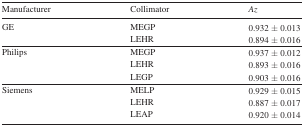
<table><thead><tr><td><b>Manufacturer</b></td><td><b>Collimator</b></td><td><b><i>Az</i></b></td></tr></thead><tbody><tr><td rowspan="2">GE</td><td>MEGP</td><td>0.932±0.013</td></tr><tr><td>LEHR</td><td>0.894±0.016</td></tr><tr><td rowspan="3">Philips</td><td>MEGP</td><td>0.937±0.012</td></tr><tr><td>LEHR</td><td>0.893±0.016</td></tr><tr><td>LEGP</td><td>0.903±0.016</td></tr><tr><td rowspan="2">Siemens</td><td>MELP</td><td>0.929±0.015</td></tr><tr><td>LEHR</td><td>0.887±0.017</td></tr><tr><td></td><td>LEAP</td><td>0.920±0.014</td></tr></tbody></table>